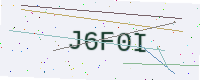
Text: J6F0I